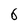
Character: 6